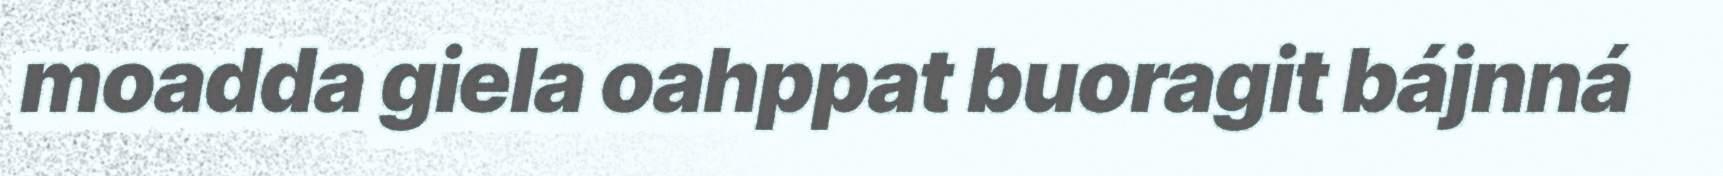
moadda giela oahppat buoragit bájnná